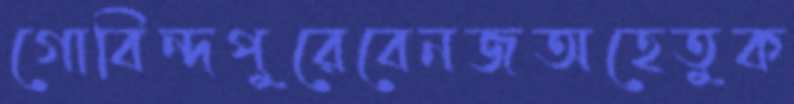
গোবিন্দপুরেবেনজঅহেতুক